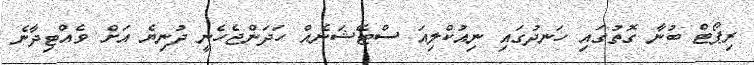
ރިޕޯޓް ބުނާ ގޮތުގައި ހަނދުގައި ނިއުކްލިއަ ސްޓޭޝަނެއް ހަދަންޖެހެނީ ދުނިޔެ އަށް ވެއްޓިދާނެ